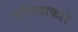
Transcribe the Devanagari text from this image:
वरीलप्रकारे